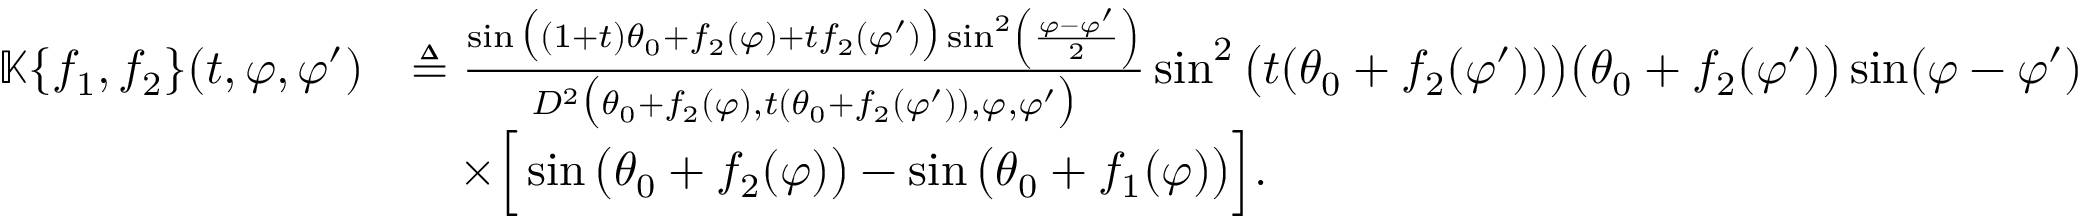
\begin{array} { r l } { \mathbb { K } \{ f _ { 1 } , f _ { 2 } \} ( t , \varphi , \varphi ^ { \prime } ) } & { \triangleq \frac { \sin \big ( ( 1 + t ) \theta _ { 0 } + f _ { 2 } ( \varphi ) + t f _ { 2 } ( \varphi ^ { \prime } ) \big ) \sin ^ { 2 } \left( \frac { \varphi - \varphi ^ { \prime } } { 2 } \right) } { D ^ { 2 } \big ( \theta _ { 0 } + f _ { 2 } ( \varphi ) , t ( \theta _ { 0 } + f _ { 2 } ( \varphi ^ { \prime } ) ) , \varphi , \varphi ^ { \prime } \big ) } \sin ^ { 2 } \big ( t ( \theta _ { 0 } + f _ { 2 } ( \varphi ^ { \prime } ) ) \big ) \big ( \theta _ { 0 } + f _ { 2 } ( \varphi ^ { \prime } ) \big ) \sin ( \varphi - \varphi ^ { \prime } ) } \\ & { \quad \times \Big [ \sin \big ( \theta _ { 0 } + f _ { 2 } ( \varphi ) \big ) - \sin \big ( \theta _ { 0 } + f _ { 1 } ( \varphi ) \big ) \Big ] . } \end{array}